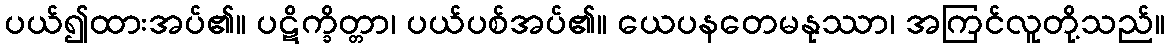
ပယ်၍ထားအပ်၏။ ပဋိက္ခိတ္တာ၊ ပယ်ပစ်အပ်၏။ ယေပနတေမနုဿာ၊ အကြင်လူတို့သည်။